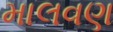
માલવણ